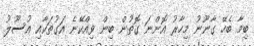
ބިމާ ބެހޭ ގާނޫނު މިހާރު އޮންނަ ގޮތުން ބިން ވިއްކޭނެ އަގުތަކާއި އުސޫލު